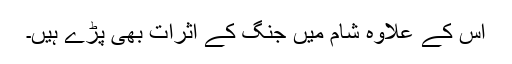
اس کے علاوہ شام میں جنگ کے اثرات بھی پڑے ہیں۔